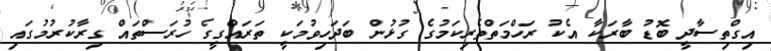
އިގްތިސާދީ ބޮޑު ބާރަކާ އެކު ރަހްމަތްތެރިކަމުގެ ގުޅުން ބަދަހިވުމަކީ ތަރައްގީގެ ހުރަސްތައް ގިރާކުރުމުގައި